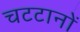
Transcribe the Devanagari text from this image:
चटटानों